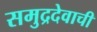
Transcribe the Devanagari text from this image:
समुद्रदेवाची